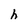
Character: h